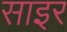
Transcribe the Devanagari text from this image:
साइर